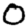
Digit: 0